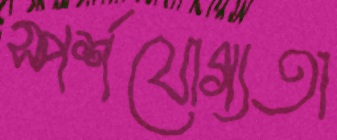
স্পর্শযোগ্যতা